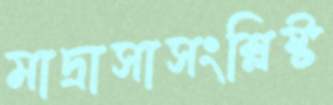
মাদ্রাসাসংশ্লিষ্ট